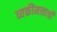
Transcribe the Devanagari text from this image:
व्यक्तीमत्त्वाची